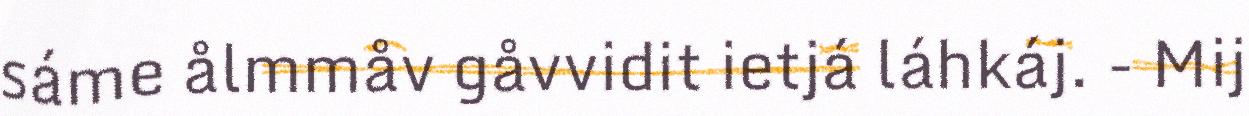
sáme ålmmåv gåvvidit ietjá láhkáj. - Mij